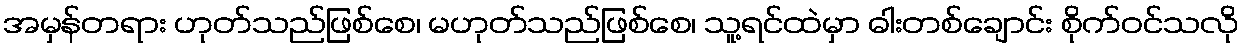
အမှန်တရား ဟုတ်သည်ဖြစ်စေ၊ မဟုတ်သည်ဖြစ်စေ၊ သူ့ရင်ထဲမှာ ဓါးတစ်ချောင်း စိုက်ဝင်သလို